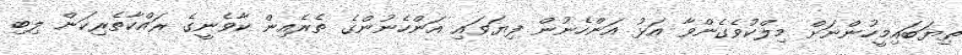
ތިޔަބައިމީހުންނަށް މިލްކުވެގެންވާ އަޅު އަންހެނުން ފިޔަވައި އަންހެނުންގެ ތެރެއިން ކާވެނީގެ ރައްކާތެރިކަން ލިބި